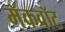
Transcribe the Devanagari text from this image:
मॅकवॉट